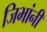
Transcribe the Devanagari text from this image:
जिभांनी